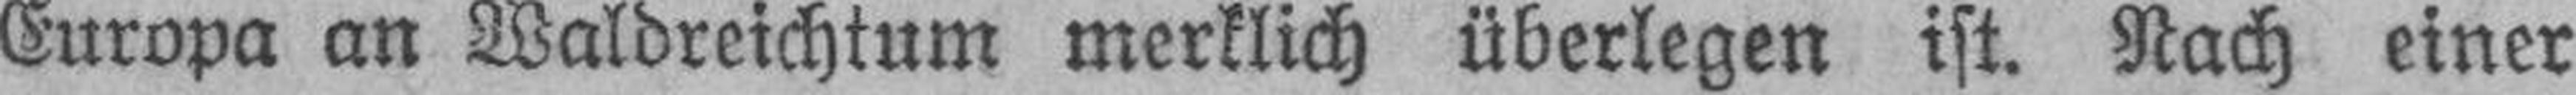
Europa an Waldreichtum merklich überlegen ist. Nach einer